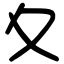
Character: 夊